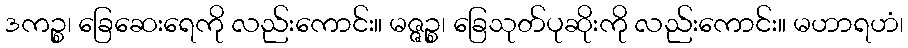
ဒကဉ္စ၊ ခြေဆေးရေကို လည်းကောင်း။ မဇ္ဇဉ္စ၊ ခြေသုတ်ပုဆိုးကို လည်းကောင်း။ မဟာရဟံ၊